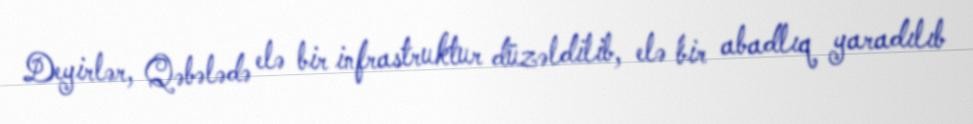
Deyirlər, Qəbələdə elə bir infrastruktur düzəldilib, elə bir abadlıq yaradılıb